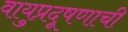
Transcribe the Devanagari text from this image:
वायुप्रदूषणाची